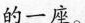
的一座。